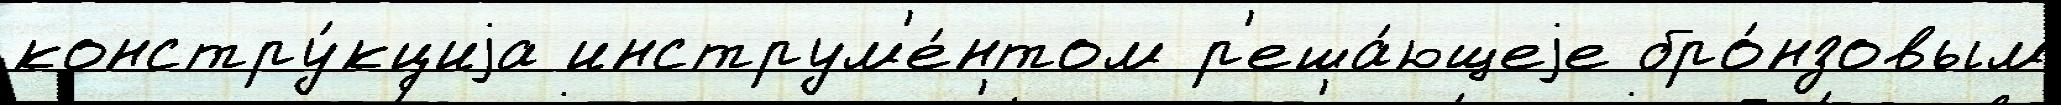
констру́кциjа инструм'е́нтом р'еша́ющеjе бро́нзовым